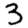
Digit: 3